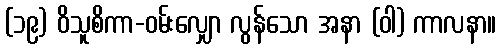
(၁၉) ဝိသူစိကာ-ဝမ်းလျှော လွန်သော အနာ (ဝါ) ကာလနာ။